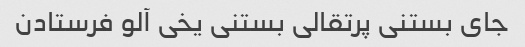
جای بستنی پرتقالی بستنی یخی آلو فرستادن